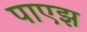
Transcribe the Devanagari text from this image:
पाएझ